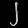
Digit: ၂